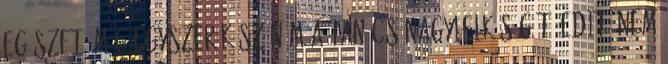
egészet. Még egyszer köszönöm a Tanács nagylelkűségét. Edit: nem